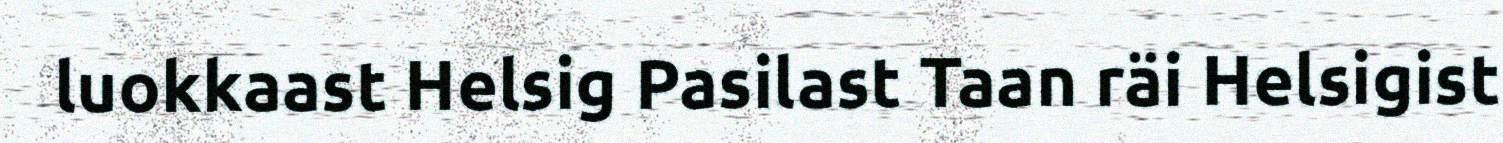
luokkaast Helsig Pasilast Taan räi Helsigist